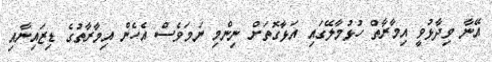
އޭނާ ވިދާޅުވީ އިމާރާތް ހުޅުމާލޭގައި އަޅާގޮތަށް ނިންމި ނަމަވެސް އެހެން އިމާރާތުގެ ޑިޒައިނާއި